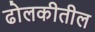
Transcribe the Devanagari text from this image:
ढोलकीतील